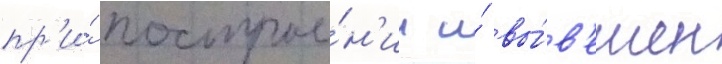
пр'и́ построе́н'ии и́ вы́в'ешен